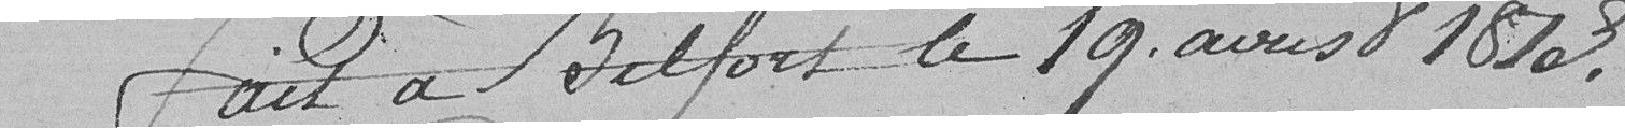
Fait à Belfort le 19 aoust 1813.